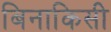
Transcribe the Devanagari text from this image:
बिनाकिसी